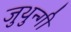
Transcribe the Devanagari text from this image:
जुथुन्गी